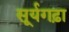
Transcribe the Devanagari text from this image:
सूर्यगढ़ा